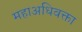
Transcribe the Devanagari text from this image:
महाअधिवक्ता